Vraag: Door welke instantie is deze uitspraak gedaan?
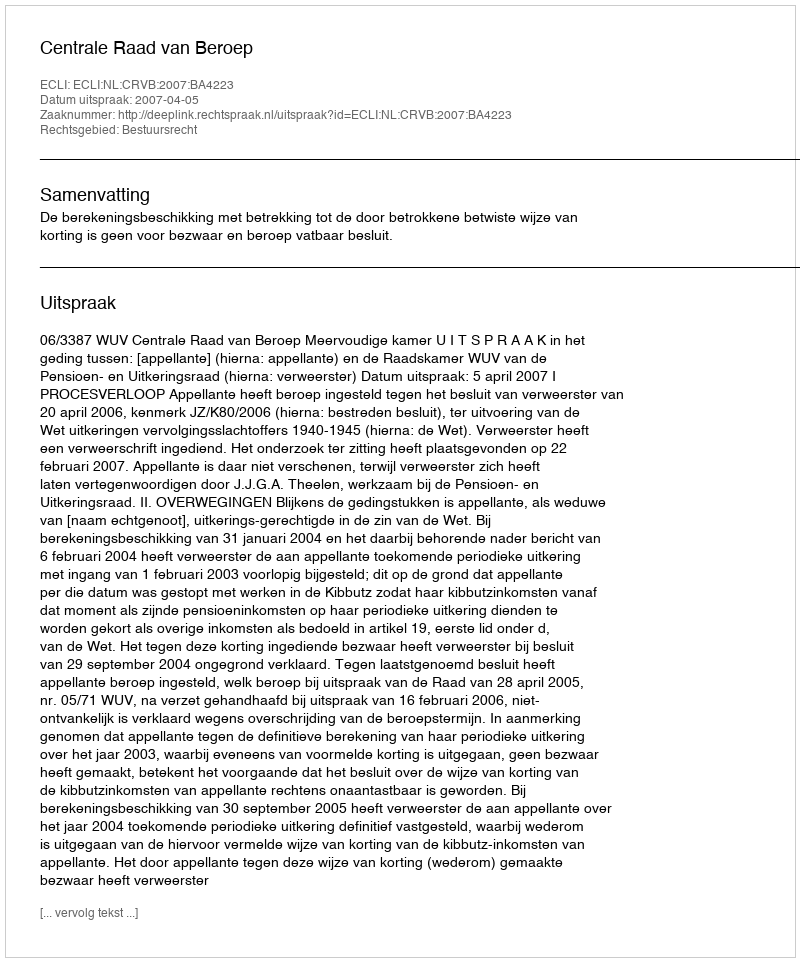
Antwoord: Centrale Raad van Beroep